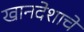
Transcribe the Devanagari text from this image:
खानदेशाचे